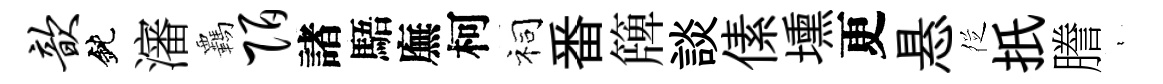
歆鈍瀋覊陌諸䮏廡柯祠番簰談傃壎更悬徔扺謄裊